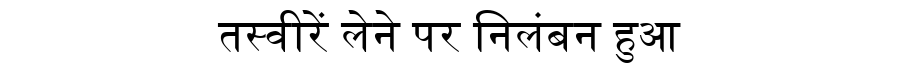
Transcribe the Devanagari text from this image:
तस्वीरें लेने पर निलंबन हुआ